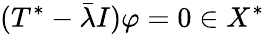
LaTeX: (T^{*}-{\bar{\lambda}}I)\varphi=0\in X^{*}